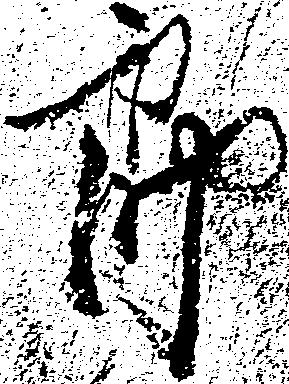
郎